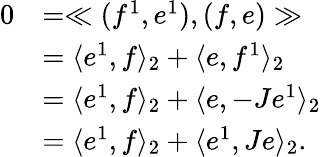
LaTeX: \begin{array}{rl}{0}&{=\ll(f^{1},e^{1}),(f,e)\gg}\\ &{=\langle e^{1},f\rangle_{2}+\langle e,f^{1}\rangle_{2}}\\ &{=\langle e^{1},f\rangle_{2}+\langle e,-Je^{1}\rangle_{2}}\\ &{=\langle e^{1},f\rangle_{2}+\langle e^{1},Je\rangle_{2}.}\end{array}